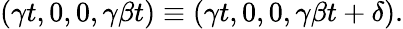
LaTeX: (\gamma t,0,0,\gamma\beta t)\equiv(\gamma t,0,0,\gamma\beta t+\delta).